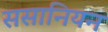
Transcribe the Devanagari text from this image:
ससानियन